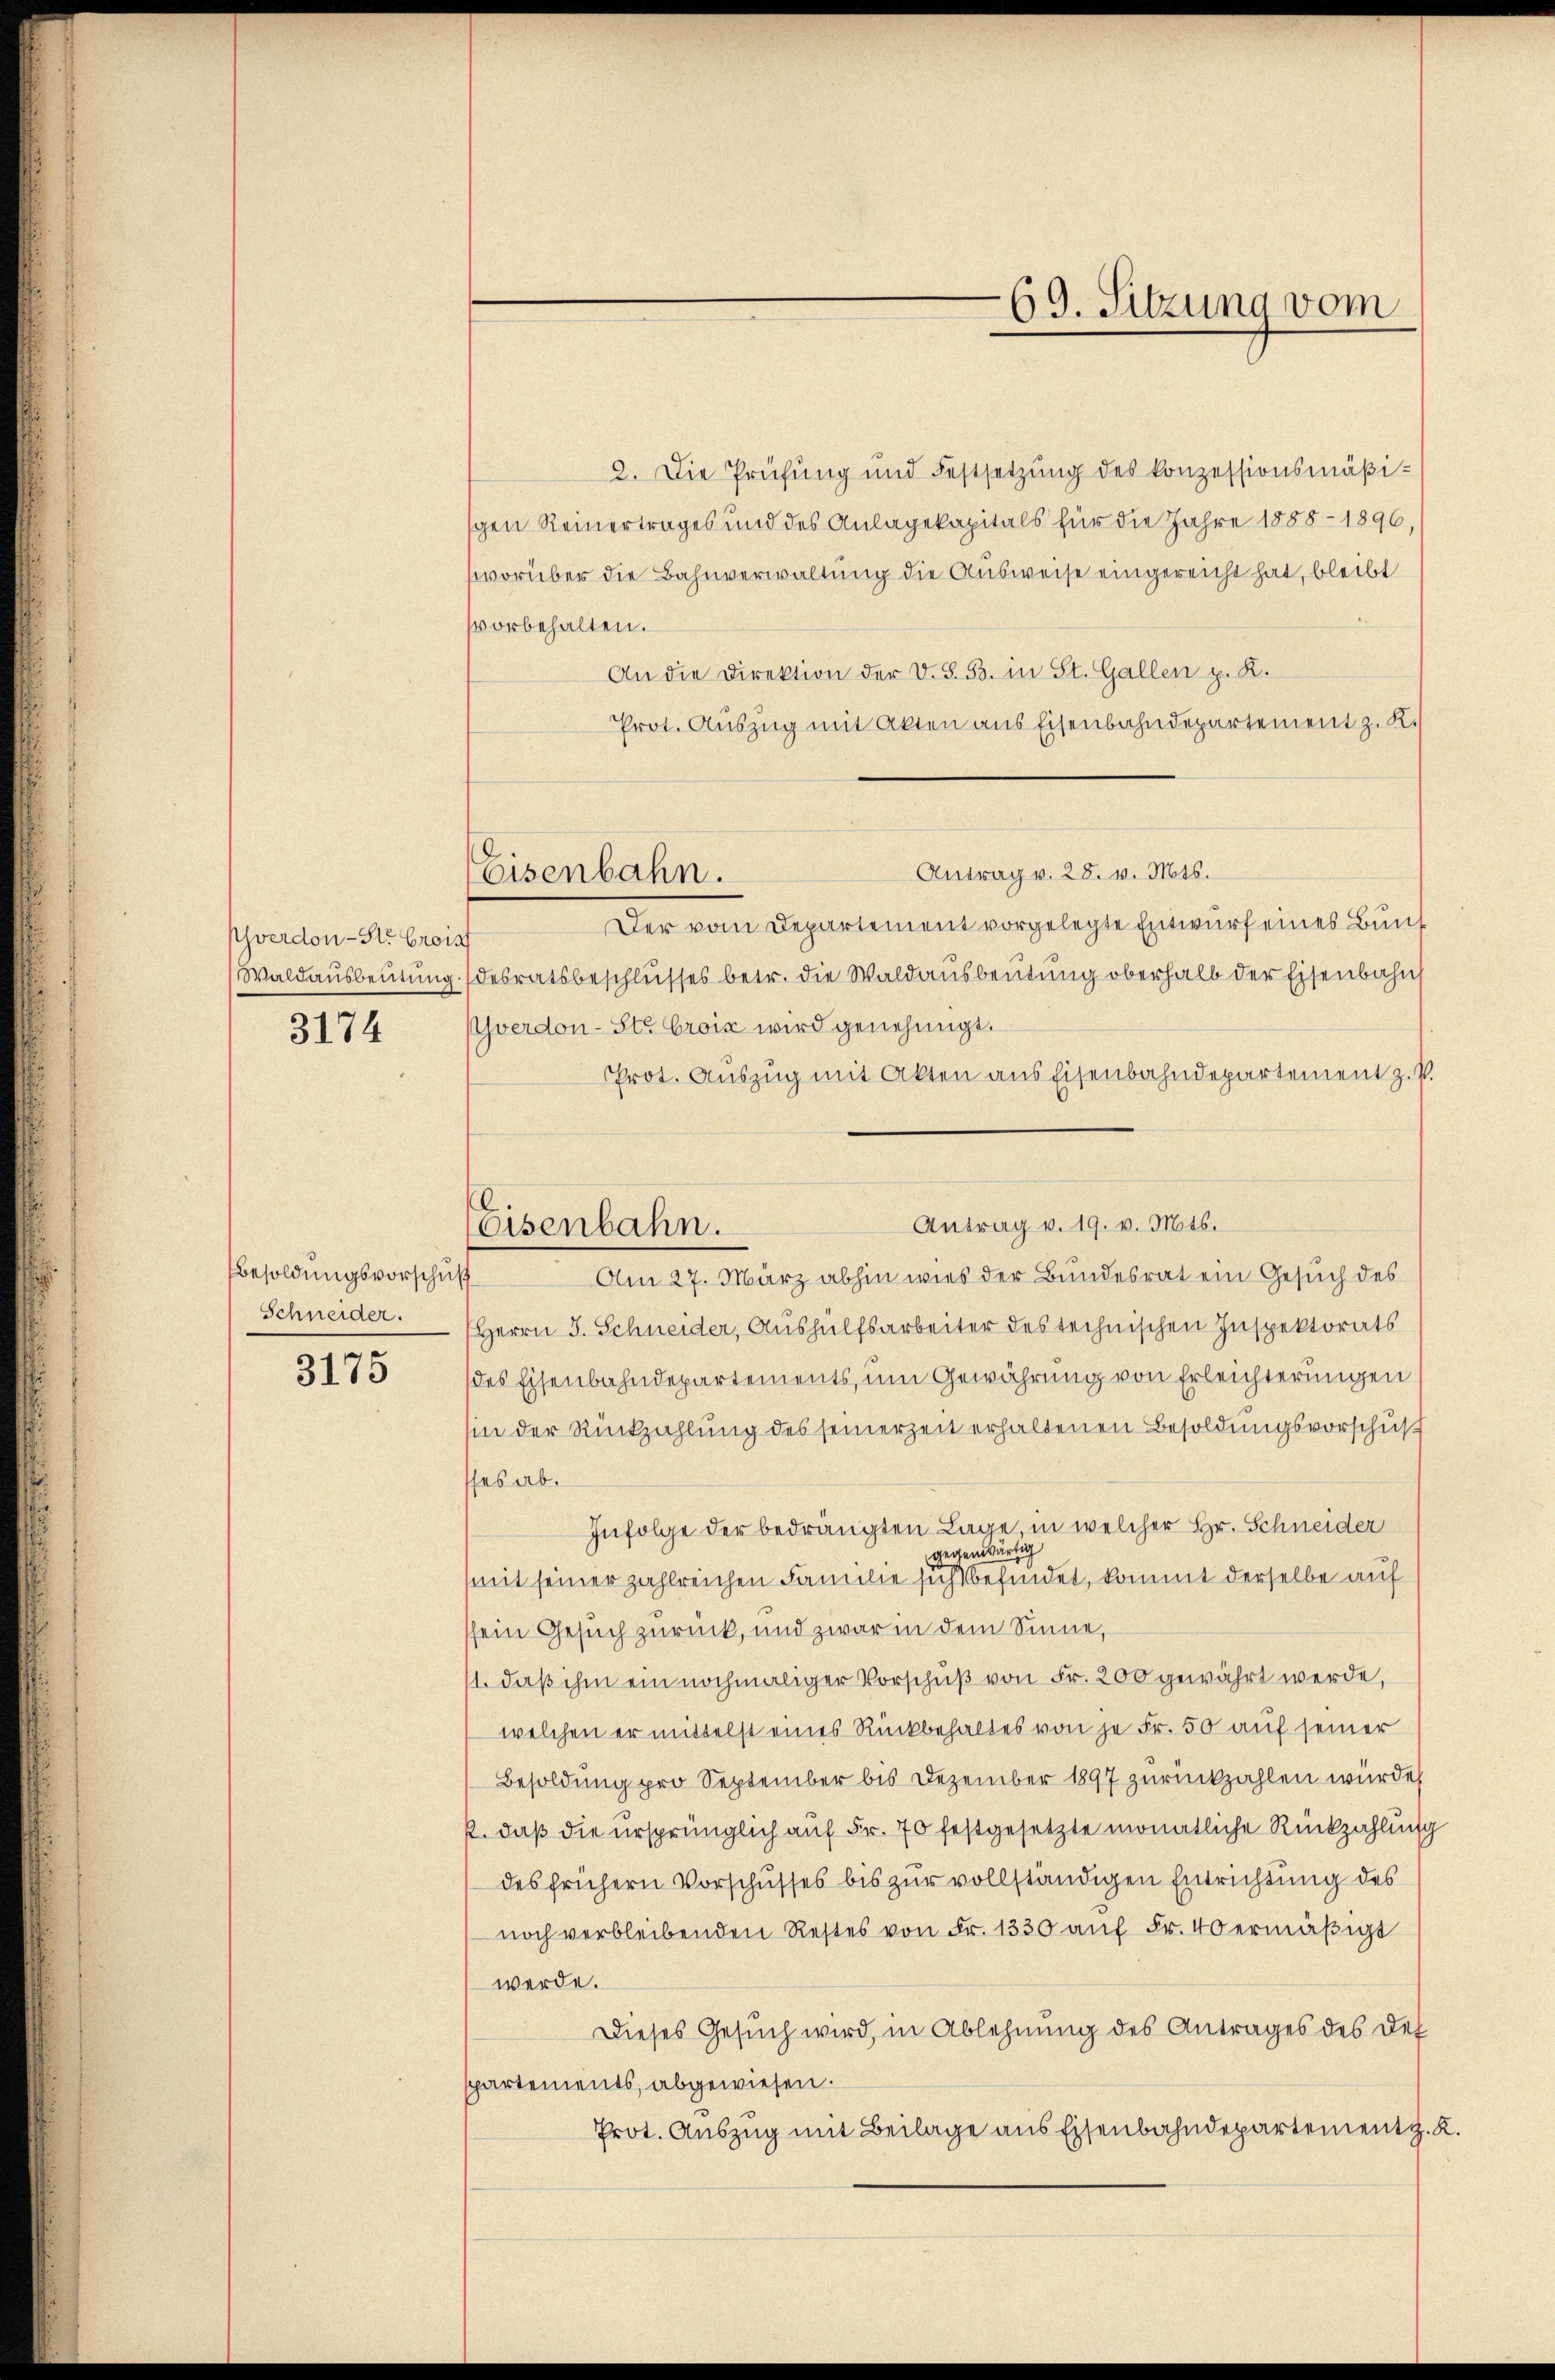
sverdon-Str. Crois
Waldausbeutung.

3174

besoldungsvorschuß
Schneider.

3175

Eisenbahn.

Eisenbahn.

69. Sitzung vom

2. Die Prüfung und Festsetzung des konzessionsmäßischen Reinertrages und des Anlagekapitals für die Jahre 1888 - 1896,
(worüber die Bahnverwaltung die Ausweise eingereicht hat, bleibt
vorbehalten.
An die Direktion der V. S. B. in St. Gallen p. K.
Prot. Auszug mit Akten aus Eisenbahndepartement z. K.
Antrag v. 28. v. Mts.
Der vom Departement vorgelegte Entwurf eines Bunf
desratsbeschlusses betr. die Waldausbeutung oberhalb der Eisenbahn
Yverdon-Ste Crois wird genehmigt.
Prot. Auszug mit Akten aus Eisenbahndepartement z. P.
Am 27. März abhin wies der Bundesrat ein Gesuch des
Herrn J. Schneider, Aushülfsarbeiter des technischen Inspektorats
(des Eisenbahndepartements, um Gewährung von Erleichterungen
hin der Rückzahlung des seinerzeit erhaltenen Besoldungsvorschuß
ses ab.
Infolge der bedrängten Lage, in welcher Hr. Schneider
gegenwärtig
mit seiner zahlreichen Familie sicht befindet, kommt derselbe auf
ssein Gesuch zurück, und zwar in dem Sinne,
11. daß ihm ein nochmaliger Vorschuß von Fr. 200 gewährt werde,
welchen er mittelst eines Rückbehaltes von je Fr. 50 auf seiner
Besoldung pro September bis Dezember 1897 zurückzahlen würde,
2. daß die ursprünglich auf Fr. 70 festgesetzte monatliche Rückzahlung
des frühern Vorschusses bis zur vollständigen Entrichtung des
noch verbleibenden Restes von Fr. 1330 auf Fr. 40 ermäßigt
werde.
Dieses Gesuch wird, in Ablehnung des Antrages des Def
partements, abgewiesen.
Prot. Auszug mit Beilage aus Eisenbahndepartement z. B

Antrag v. 19. v. Mts.